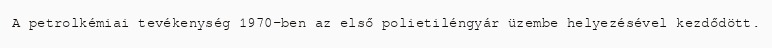
A petrolkémiai tevékenység 1970-ben az első polietiléngyár üzembe helyezésével kezdődött.